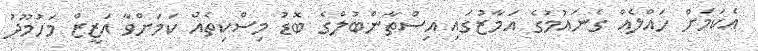
އެކަމަށް ހައްލެއް ގެނައުމުގެ އަމާޒުގައި އިސްތާންބުލްގެ ބޮޑު މިސްކިތެއް ކަމަަށްވާ އަޒީޒް މަހުމޫދު